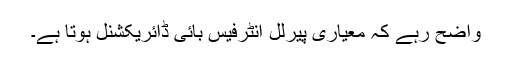
واضح رہے کہ معیاری پیرلل انٹرفیس بائی ڈائریکشنل ہوتا ہے۔